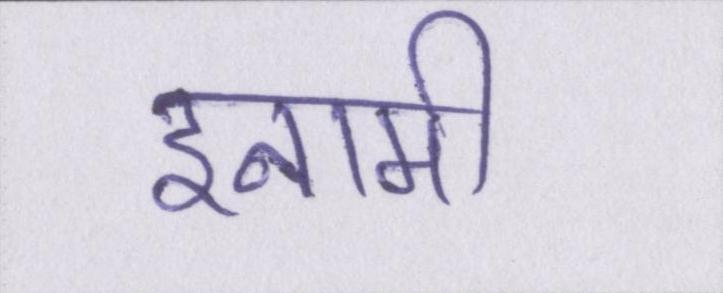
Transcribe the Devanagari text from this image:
इनामी